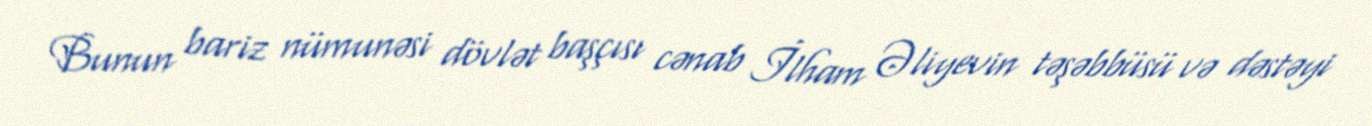
Bunun bariz nümunəsi dövlət başçısı cənab İlham Əliyevin təşəbbüsü və dəstəyi